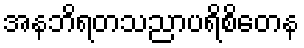
အနဘိရတသညာပရိစိတေန